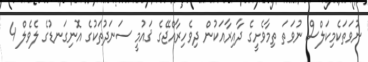
ނުވަތަކެމިކަލްސް ނުވަތަ ތިމާވެށީގެ ދާއިރާއަކުން ދިވެހިރާއްޖޭގެ ޤައުމީ ސަނަދުތަކުގެ އޮނިގަނޑުގެ ލެވެލް 4